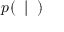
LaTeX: p ( \mathbf { \theta } \mid \mathbf { \alpha } )